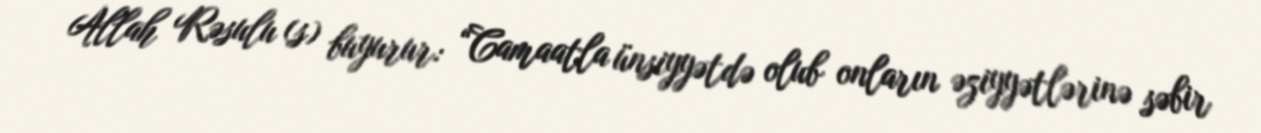
Allah Rəsulu (s) buyurur: “Camaatla ünsiyyətdə olub onların əziyyətlərinə səbir